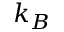
k _ { B }